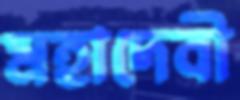
মহাদেবী